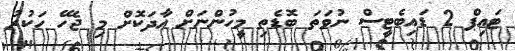
ޓައިޕް 2 ޑައިބެޓީސް ނުވަތަ ބޮޑެތި މީހުންނަށް އާދަކޮށް މި ޖެހޭ ހަކުރު